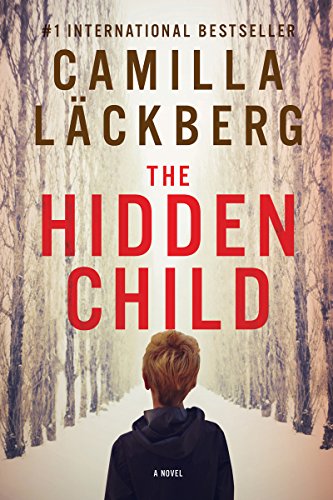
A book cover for The Hidden Child: A Novel; Camilla Lackberg; Mystery, Thriller & Suspense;